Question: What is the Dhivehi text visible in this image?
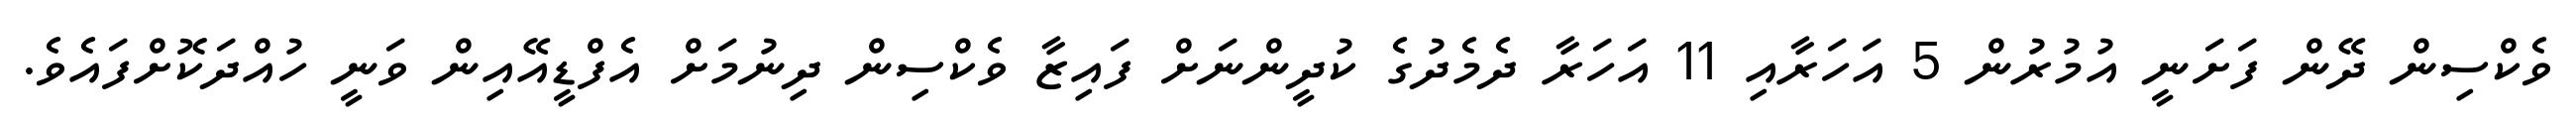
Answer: ވެކްސިން ދޭން ފަށަނީ އުމުރުން 5 އަހަރާއި 11 އަހަރާ ދެމެދުގެ ކުދީންނަށް ފައިޒާ ވެކްސިން ދިނުމަށް އެފްޑީއޭއިން ވަނީ ހުއްދަކޮށްފައެވެ.